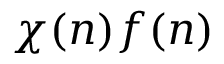
\chi ( n ) f ( n )